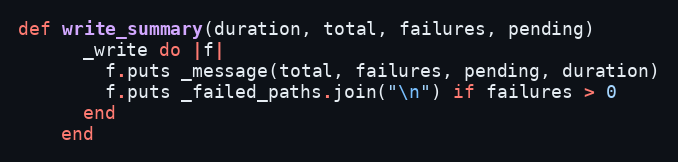
Language: Ruby
def write_summary(duration, total, failures, pending)
      _write do |f|
        f.puts _message(total, failures, pending, duration)
        f.puts _failed_paths.join("\n") if failures > 0
      end
    end